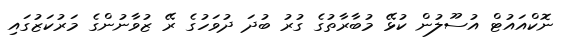
ނޮކްއައުޓް އުސޫލުން ކުޅޭ މުބާރާތުގެ ގުރު ބުދަ ދުވަހުގެ ރޭ ޒުވާނުންގެ މަރުކަޒުގައި